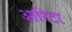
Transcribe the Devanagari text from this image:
आरिटा